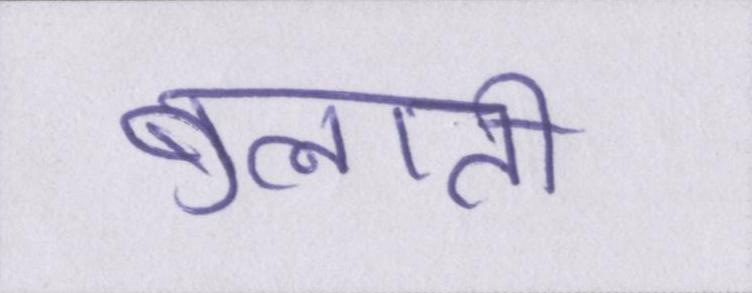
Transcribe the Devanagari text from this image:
बुलाती